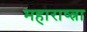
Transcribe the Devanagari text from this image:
महाराष्त्रा